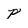
Character: p